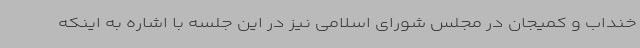
خنداب و کمیجان در مجلس شورای اسلامی نیز در این جلسه با اشاره به اینکه